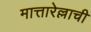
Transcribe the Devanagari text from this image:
मात्तारेल्लाची